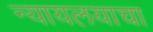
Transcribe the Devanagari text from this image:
न्यायलयाचा